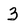
Character: 3